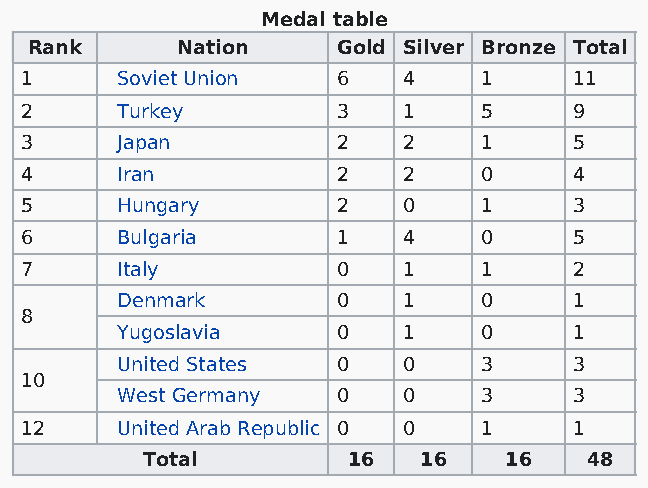
Medal table
 Rank      Nation    Gold Silver Bronze Total
 1      Soviet Union  6    4    1     11
 2      Turkey        3    1    5     9
 3      Japan         2    2    1     5
 4      Iran          2    2    0     4
 5      Hungary       2    0    1     3
 6      Bulgaria      1    4    0     5
 7      Italy         0    1    1     2
 Denmark       0    1    0     1
 8
 Yugoslavia    0    1    0     1
 United States 0    0    3     3
 10
 West Germany  0    0    3     3
 12     United Arab Republic 0 0 1    1
 Total         16   16   16    48